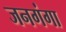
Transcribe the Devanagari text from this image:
जनगंगा